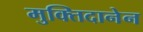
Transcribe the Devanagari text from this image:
मुक्तिदानेन